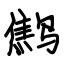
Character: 鹪